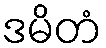
ဒမိတံ